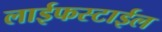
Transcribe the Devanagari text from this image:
लाईफस्टाईल